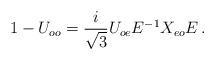
\begin{align*}1-U_{oo} = \frac{i}{ \sqrt{3}} U_{oe}E^{-1} X_{eo} E\,.\end{align*}